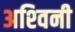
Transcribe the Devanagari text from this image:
अश्‍विनी